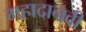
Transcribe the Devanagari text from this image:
महादानवी